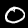
Label: 0